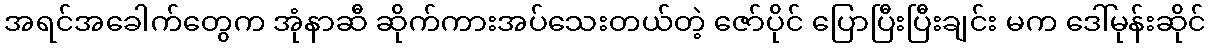
အရင်အခေါက်တွေက အုံနာဆီ ဆိုက်ကားအပ်သေးတယ်တဲ့ ဇော်ပိုင် ပြောပြီးပြီးချင်း မက ဒေါ်မုန်းဆိုင်